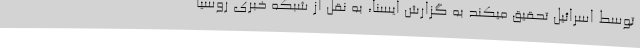
توسط اسرائیل تحقیق میکند به گزارش ایسنا، به نقل از شبکه خبری روسیا